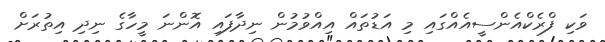
ވަކި ފްރެކްއެންސީއެއްގައި މި އަޑުތައް އިއްވުމުން ނިދާފައި އޮންނަ މީހާގެ ނިދި އިތުރަށް